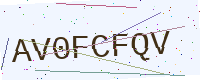
Text: AV0FCFQV